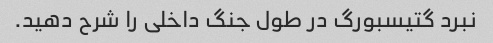
نبرد گتیسبورگ در طول جنگ داخلی را شرح دهید.